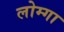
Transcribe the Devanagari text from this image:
लोम्गा